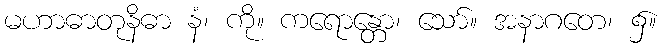
မဟာဓာတုနိဓာ နံ၊ ကို။ ကရောန္တော၊ သော်။ အနာဂတေ၊ ၌။